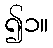
၍၁။